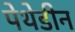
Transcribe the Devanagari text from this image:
पेथेडीन